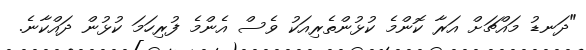
"ދަނޑު މައްޗަށް އަރާ ކޮންމެ ކުޅުންތެރިއަކު ވެސް އެންމެ ފުރިހަމަ ކުޅުން ދައްކާނެ.